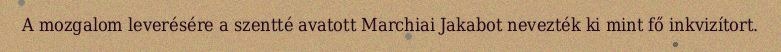
A mozgalom leverésére a szentté avatott Marchiai Jakabot nevezték ki mint fő inkvizítort.